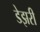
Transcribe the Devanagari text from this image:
डेझरी